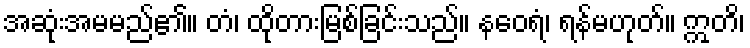
အဆုံးအမမည်၏။ တံ၊ ထိုတားမြစ်ခြင်းသည်။ နဝေရံ၊ ရန်မဟုတ်။ ဣတိ၊